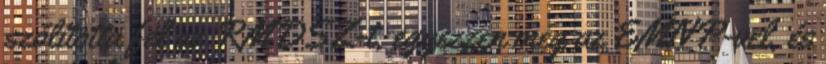
szólította fel az RMDSZ-t, egyezzen meg az EMNP-vel, és